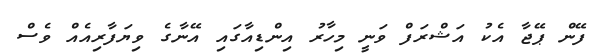
ފޭން ޕޭޖާ އެކު އަޝްރަފް ވަނީ މިހާރު އިންޑިއާގައި އޭނާގެ ވިޔަފާރިއެއް ވެސް